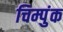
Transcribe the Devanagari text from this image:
चिम्पुंक